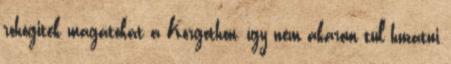
röhögitek magatokat a Korgothon, így nem akarom túl huzatni